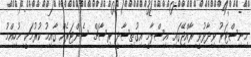
މިނިސްޓަރު ވިދާޅުވީ ރާއްޖޭގައި އިސްލާމީ އިގުތިސާދީ ރިސާޗް ސެންޓަރެއް ގާއިމު ކުރުމަކީ މުހިއްމު